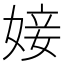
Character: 𡞘